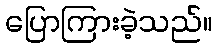
ပြောကြားခဲ့သည်။